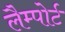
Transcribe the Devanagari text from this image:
लैम्पोर्ट